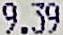
9.39